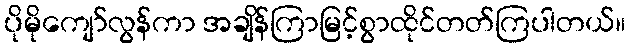
ပိုမိုကျော်လွန်ကာ အချိန်ကြာမြင့်စွာထိုင်တတ်ကြပါတယ်။